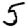
Digit: 5